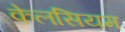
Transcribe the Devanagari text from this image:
केलसियम